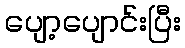
ပျော့ပျောင်းပြီး